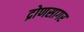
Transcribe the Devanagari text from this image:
द्रोणसागर